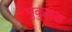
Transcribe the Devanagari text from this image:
मुकुलक